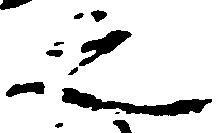
之